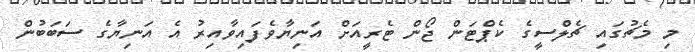
މި މެޗުގައި ޗެލްސީގެ ކެޕްޓަން ޖޯން ޓެރީއަށް އަނިޔާވެފައިވާއިރު އެ އަނިޔާގެ ސަބަބުން